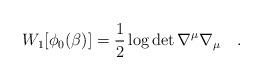
LaTeX: \begin{align*}W_1[\phi_0(\beta)]=\frac 12 \log \det \nabla^{\mu}\nabla_{\mu}~~~.\end{align*}